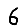
Digit: 6